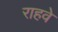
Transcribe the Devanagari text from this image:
राहवे